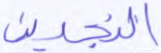
النجدين